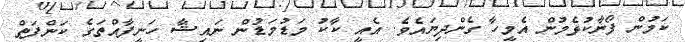
ކަމުން ފޯނާކުޅެމުން އެމީހާ ގެންދިޔައެވެ. އެއީ ކާކު މަޑުމަޑުން ނައިޝާ ހަނީފާއްތަގެ ކަންފަތް